65_HS1-834228961_62-HQ-83894_Section_5
Agency: FBI
Page 165
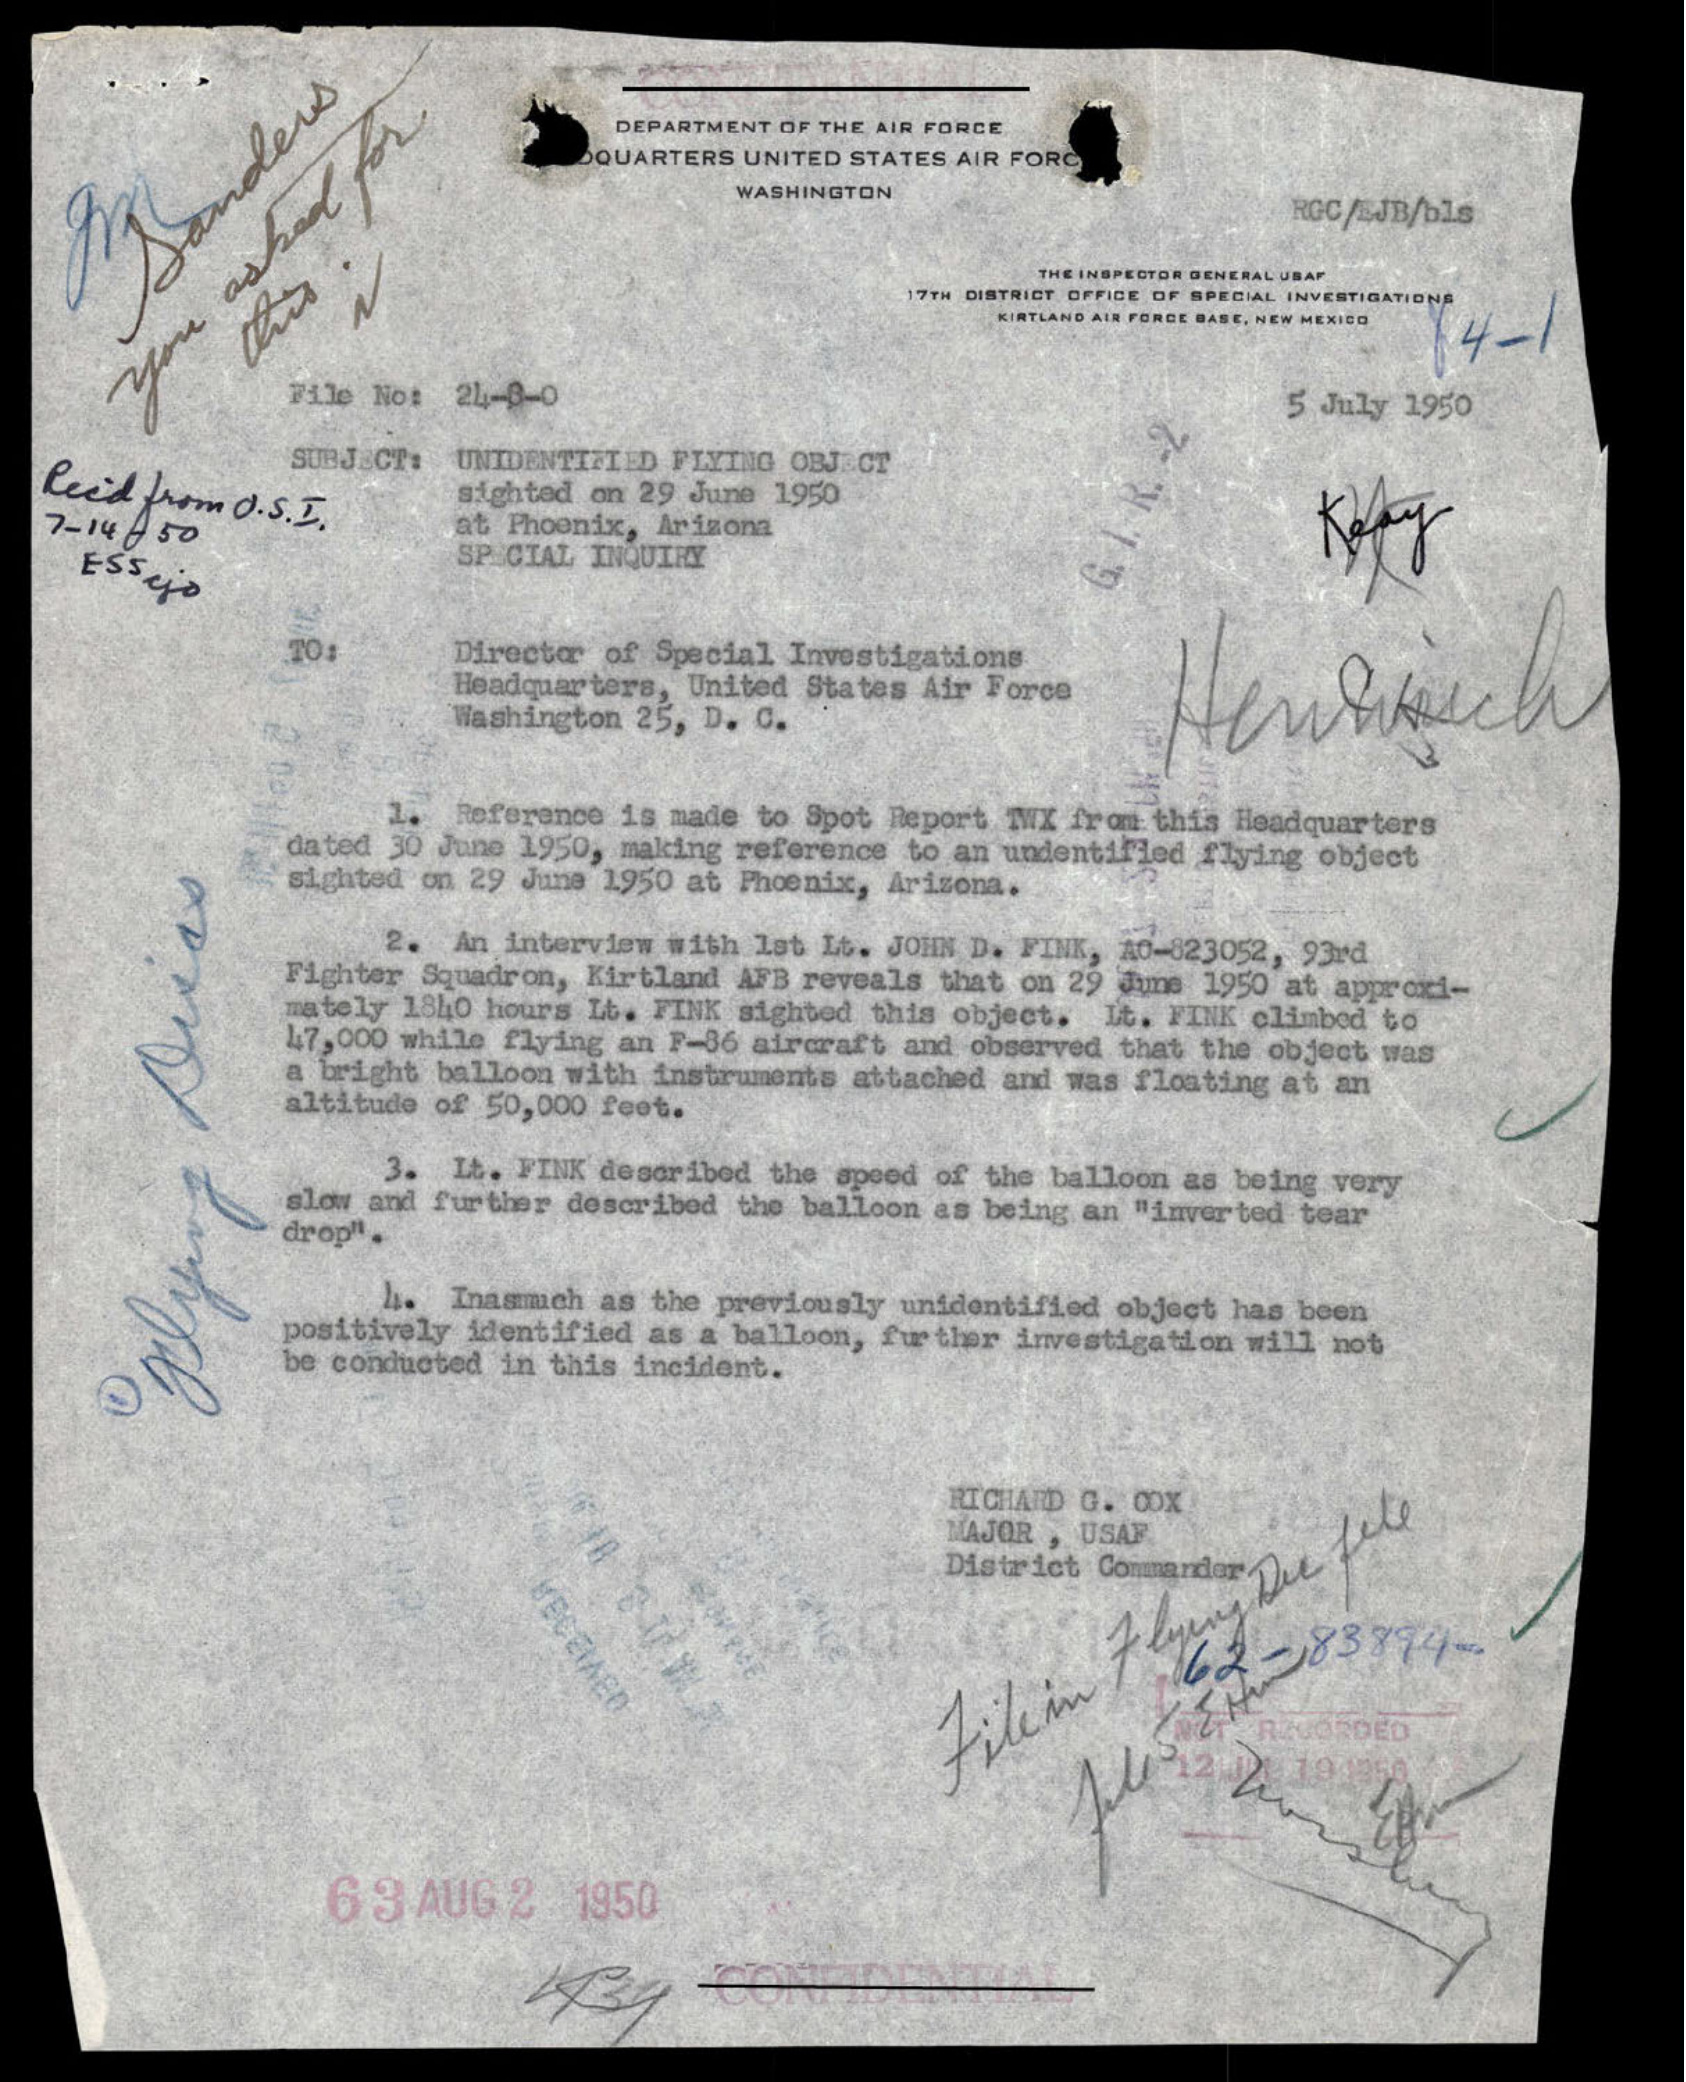